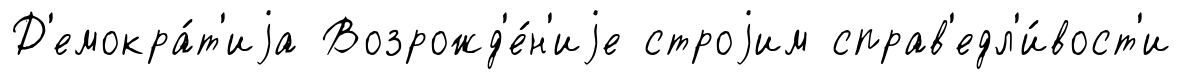
Д'емокра́т'иjа Возрожд'е́н'иjе строjим справ'едл'и́вост'и